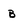
Character: B